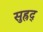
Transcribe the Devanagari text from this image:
सुह्रद्